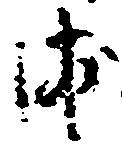
浦